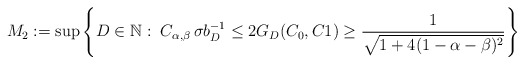
\begin{align*}M_2:=\sup \left\{ D \in \mathbb{N}:\; C_{\alpha,\beta}\, \sigma b_D^{-1} \leq 2 G_D(C_0,C1) \geq \frac{1}{\sqrt{1+4(1-\alpha-\beta)^2}}\right\}\end{align*}